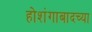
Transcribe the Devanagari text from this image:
होशंगाबादच्या